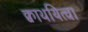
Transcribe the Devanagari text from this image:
क्वाथयित्वा